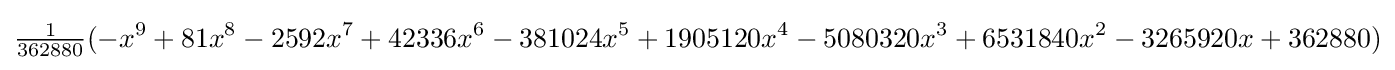
{\tfrac {1}{362880}}(-x^{9}+81x^{8}-2592x^{7}+42336x^{6}-381024x^{5}+1905120x^{4}-5080320x^{3}+6531840x^{2}-3265920x+362880)